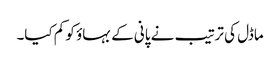
ماڈل کی ترتیب نے پانی کے بہاؤ کو کم کیا۔